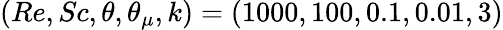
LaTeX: (Re,Sc,\theta,\theta_{\mu},k)=(1000,100,0.1,0.01,3)